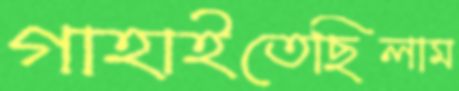
গাহাইতেছিলাম